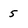
Character: 5